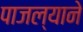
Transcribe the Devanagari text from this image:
पाजल्याने